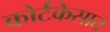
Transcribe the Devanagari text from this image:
कोर्टकेसात